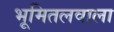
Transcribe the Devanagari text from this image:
भूमितलवाला